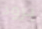
برود